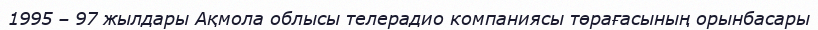
1995 – 97 жылдары Ақмола облысы телерадио компаниясы төрағасының орынбасары